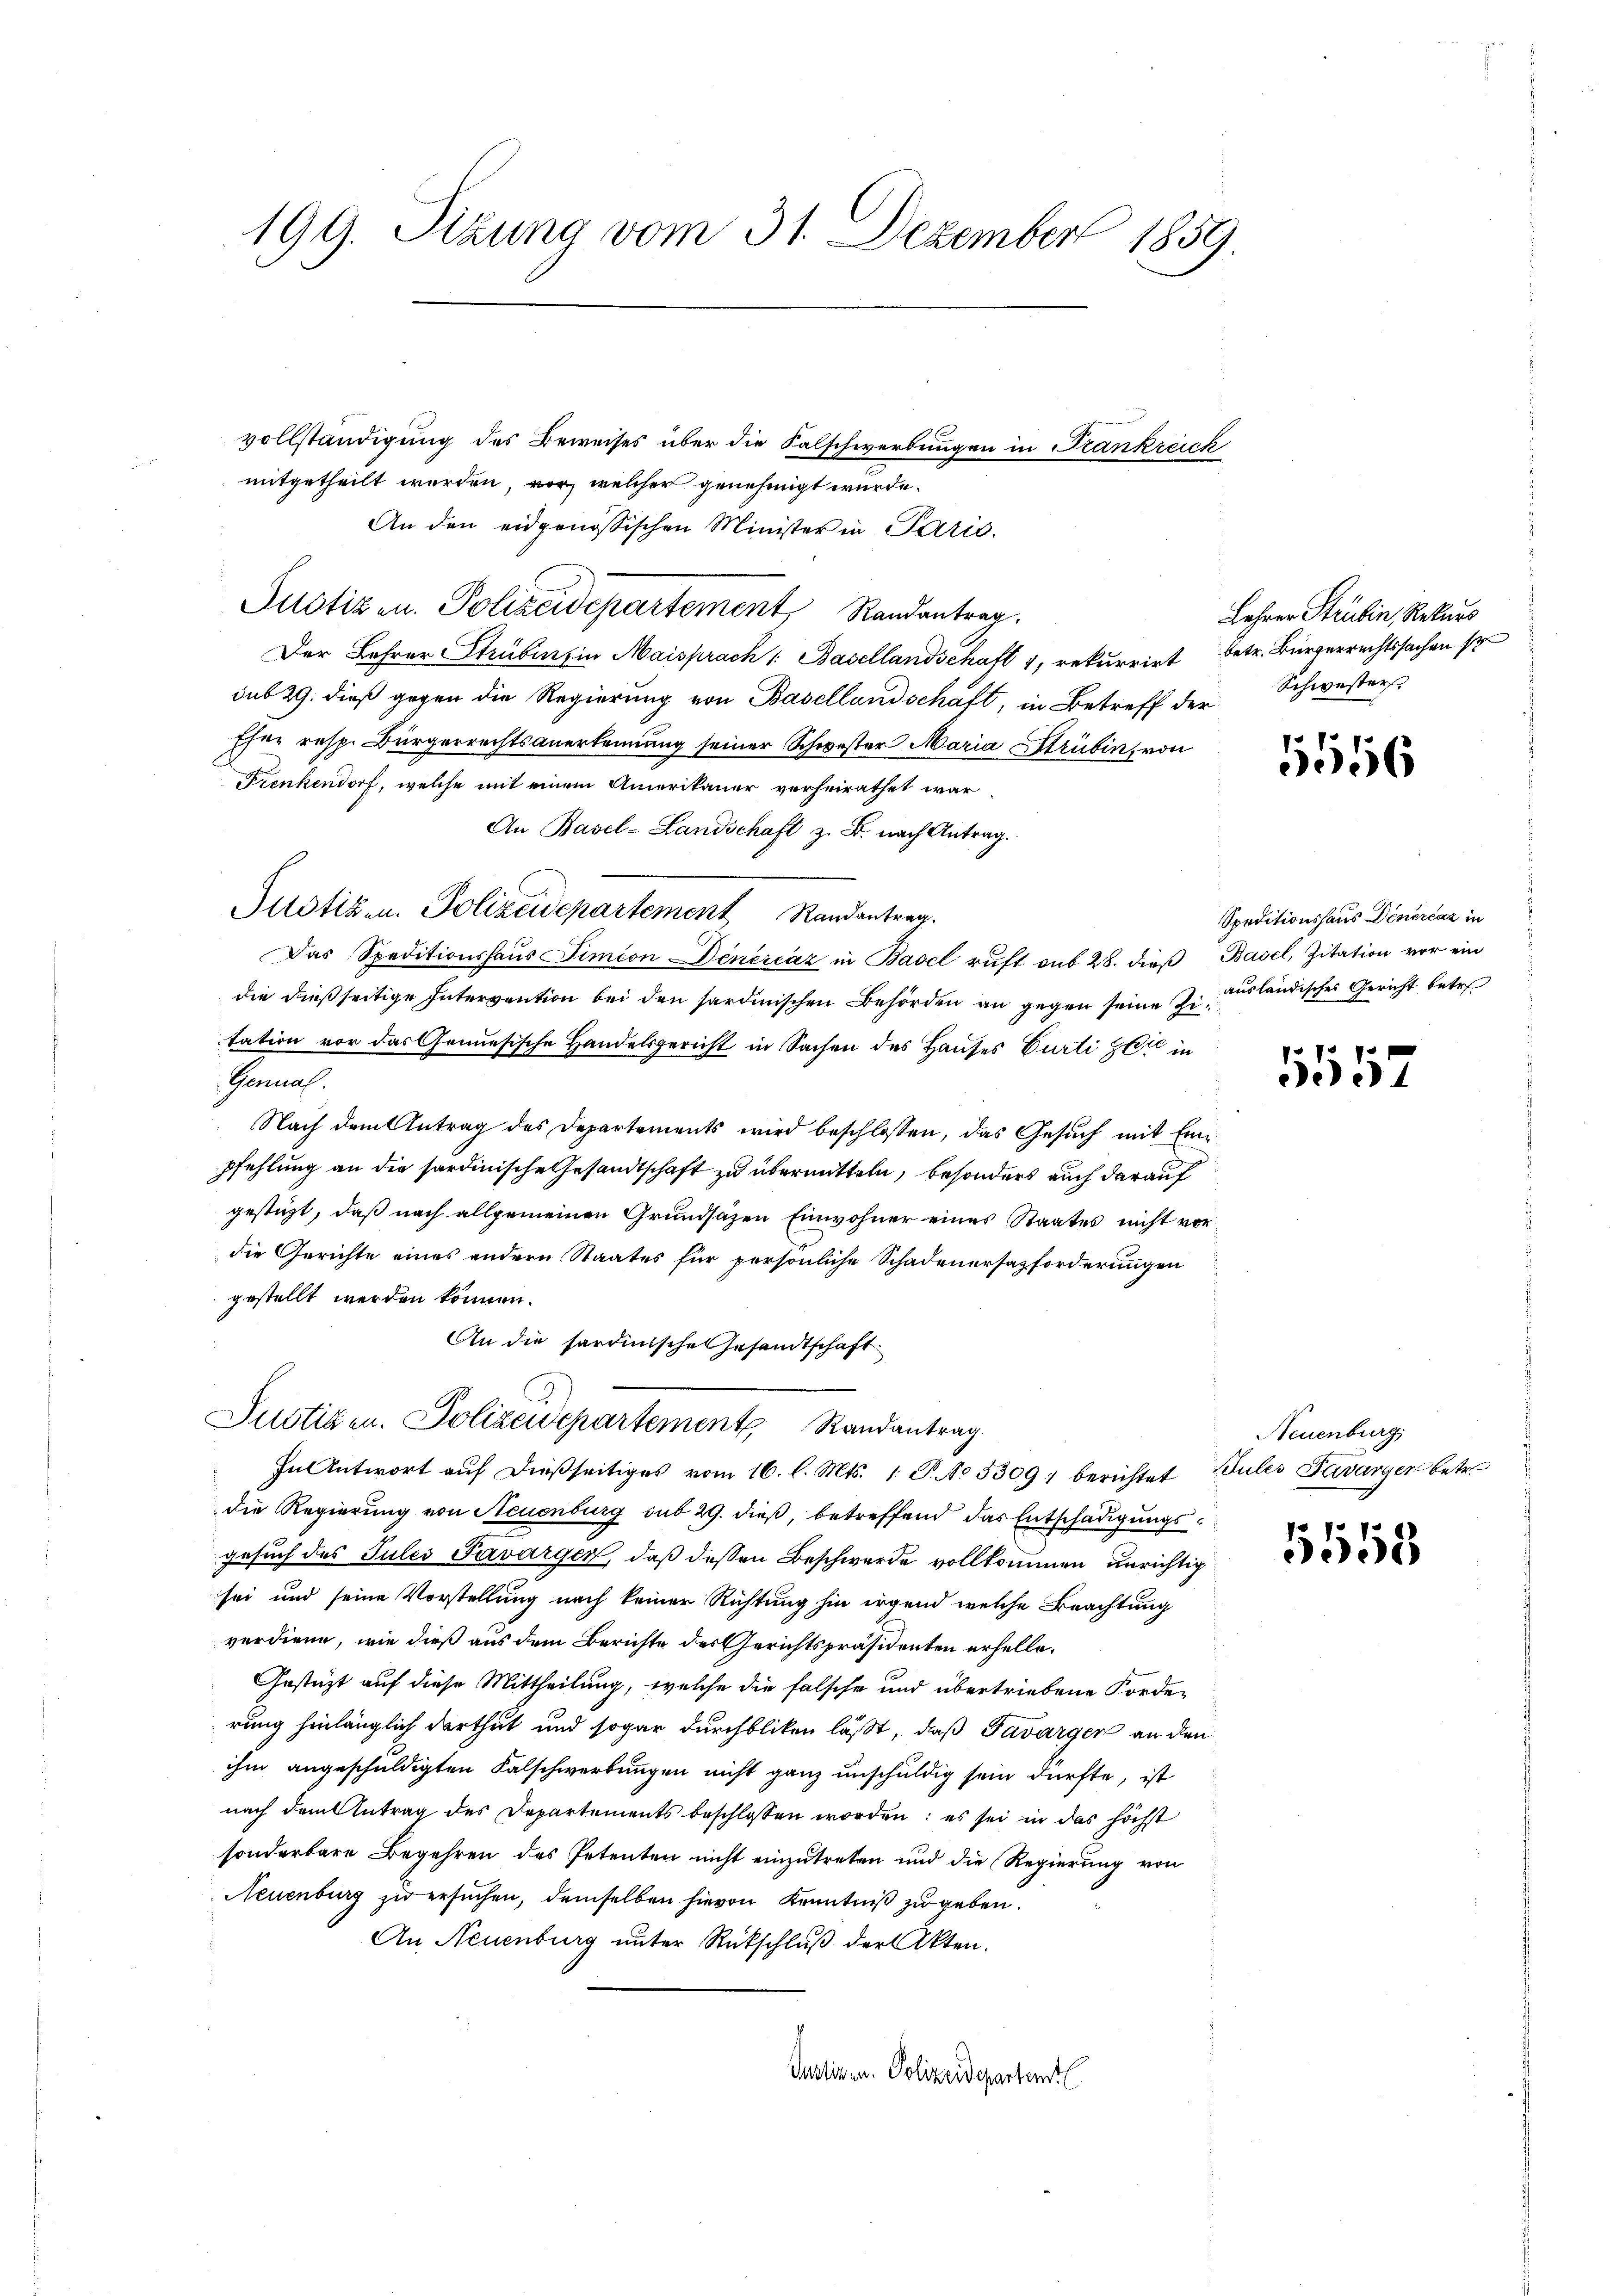
vollständigung des Beweises über die Salschwerbungen in Frankreich
mitgetheilt werden, vor, welcher genehmigt wurde.
An den eidgenössischen Minister in Paris.
Justizen. Polizeidepartement Randantrag
Der Lehrer Strubens in Maisprach 1. Basellandschaft 1, rekurrirt betr. Bürgerrechtssachen s
sub 29. dieß gegen die Regierung von Basellandschaft, in Betreff der Schwesters
Eher resp. Bürgerrechtsanerkennung seiner Schwester Maria Strubin, von
Frenkendorf, welche mit einem Amerikaner verheirathet war
An Basel-Landschaft z. B. nach Antrag.
Justizen. Polizeidepartement Randantrag.
Das Speditionshaŭs Simion denercáz in Basel ruft sub 28. dieβ Basel, Zitation vor ein
die dießseitige Intervention bei den sardinischen Behörden an gegen seine Zi. ausländisches Gericht betre
tation vor das Genesische Handelsgericht in Sachen des Hauses Curti hat in
Genal.
Nach dem Antrag des Departements wird beschlossen, das Gesuch mit Einpfehlung an die sardinische Gesandtschaft zu übermitteln, besonders auch darauf
gestüzt, daß nach allgemeinen Grundsäzen Einwohner eines Staates nicht vordie Gerichte eines andern Staates für persönliche Schadenersazforderungen
gestellt werden können.
An die sardinische Gesandtschaft
Justizen. Polizeidepartement Randantrag.
In Antwort auf dießseitiges vom 16. l. Mts. 1. P. No 33091 berichtet Bules Favargen betr.
die Regierung von Neuenburg sub 29. dieß, betreffend das Entschädigungsgesuch des Jules Paarger, daß dessen Beschwerde vollkommen unrichtig
sei und seine Vorstellung nach keiner Richtung hin irgend welche Beachtung
verdiene, wie dieß aus dem Berichte des Gerichtspräsidenten erhelle.
Gestützt auf diese Mittheilung, welche die falsche und übertriebene Forde-
rung hinlänglich darthut und sogar durchbliken läßt, daß Favarger an den
ihm angeschuldigten Falschwerbungen nicht ganz unschuldig sein dürfte, ist
nach dem Antrag des Departements beschlossen worden: es sei in das höchst
sonderbare Begehren des Petenten nicht einzutreten und die Regierung von
Neuenburg zu ersuchen, demselben hievon Kenntniß zu geben.
An Neuenburg unter Rückschluß der Akten.
Justinen Polizeidepartent

199. Sizung vom 31. Dezember 1859

Lehrer Strubin, Rekurs

5556

Speditionshaus Dinercar in

1557

Neuenburg

5558